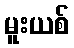
မူးယစ်